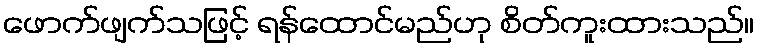
ဖောက်ဖျက်သဖြင့် ရန်ထောင်မည်ဟု စိတ်ကူးထားသည်။